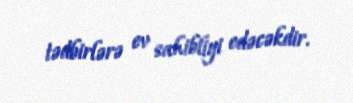
tədbirlərə ev sahibliyi edəcəkdir.